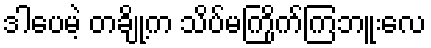
ဒါပေမဲ့ တချို့က သိပ်မကြိုက်ကြဘူးလေ